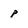
Character: p